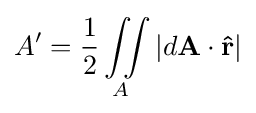
A'={\frac {1}{2}}\iint \limits _{A}|d\mathbf {A} \cdot \mathbf {\hat {r}} |